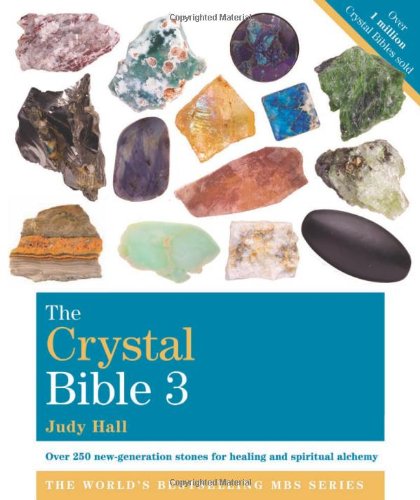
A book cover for The Crystal Bible 3; Judy Hall; Religion & Spirituality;